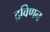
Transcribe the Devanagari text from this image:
द्रविणन